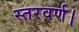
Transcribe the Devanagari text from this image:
स्तरवर्ण।